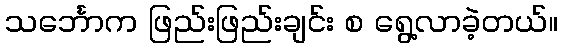
သင်္ဘောက ဖြည်းဖြည်းချင်း စ ရွေ့လာခဲ့တယ်။